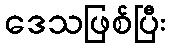
ဒေသဖြစ်ပြီး